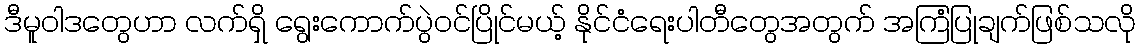
ဒီမူဝါဒတွေဟာ လက်ရှိ ရွေးကောက်ပွဲဝင်ပြိုင်မယ့် နိုင်ငံရေးပါတီတွေအတွက် အကြံပြုချက်ဖြစ်သလို